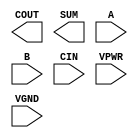
module sky130_fd_sc_hs__fahcin (
    COUT,
    SUM ,
    A   ,
    B   ,
    CIN ,
    VPWR,
    VGND
);

    output COUT;
    output SUM ;
    input  A   ;
    input  B   ;
    input  CIN ;
    input  VPWR;
    input  VGND;
endmodule